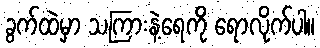
ခွက်ထဲမှာ သကြားနဲ့ရေကို ရောလိုက်ပါ။